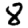
Digit: 8